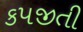
કપજીતી